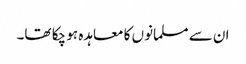
ان سے مسلمانوں کا معاہدہ ہو چکا تھا۔